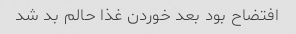
افتضاح بود بعد خوردن غذا حالم بد شد